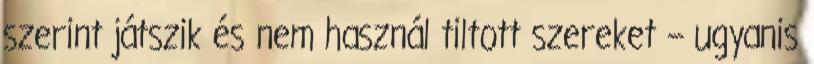
szerint játszik és nem használ tiltott szereket – ugyanis